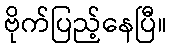
ဗိုက်ပြည့်နေပြီ။